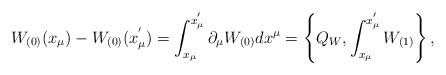
LaTeX: \begin{align*}W_{(0)}(x_{\mu}) - W_{(0)}(x_{\mu}^{'}) = \int_{x_{\mu}}^{x_{\mu}^{'}} \partial_{\mu}W_{(0)} dx^{\mu} = \left\{ Q_{W}, \int_{x_{\mu}}^{x_{\mu}^{'}}W_{(1)}\right\},\end{align*}